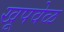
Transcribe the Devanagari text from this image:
खूपवेळ